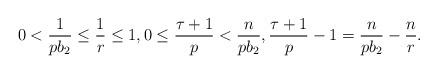
LaTeX: \begin{align*}0<\frac{1}{pb_2}\leq \frac1r \leq 1, 0\leq \frac{\tau+1}{p}<\frac{n}{pb_2}, \frac{\tau+1}{p}-1=\frac{n}{pb_2}-\frac{n}{r}.\end{align*}